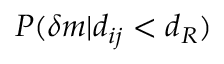
P ( \delta m \vert d _ { i j } < d _ { R } )